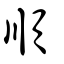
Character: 順